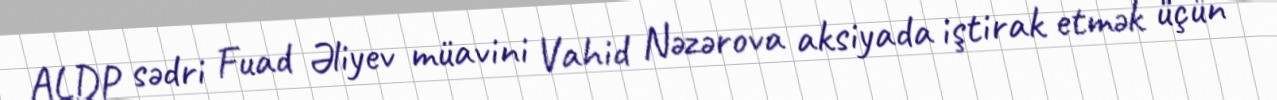
ALDP sədri Fuad Əliyev müavini Vahid Nəzərova aksiyada iştirak etmək üçün